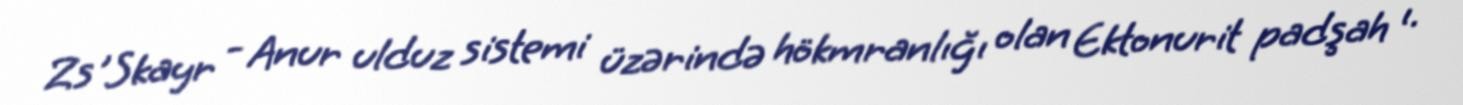
Zs'Skayr - Anur ulduz sistemi üzərində hökmranlığı olan Ektonurit padşah ı.